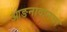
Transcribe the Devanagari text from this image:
आङनावानचा